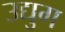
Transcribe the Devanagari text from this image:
उद्युग